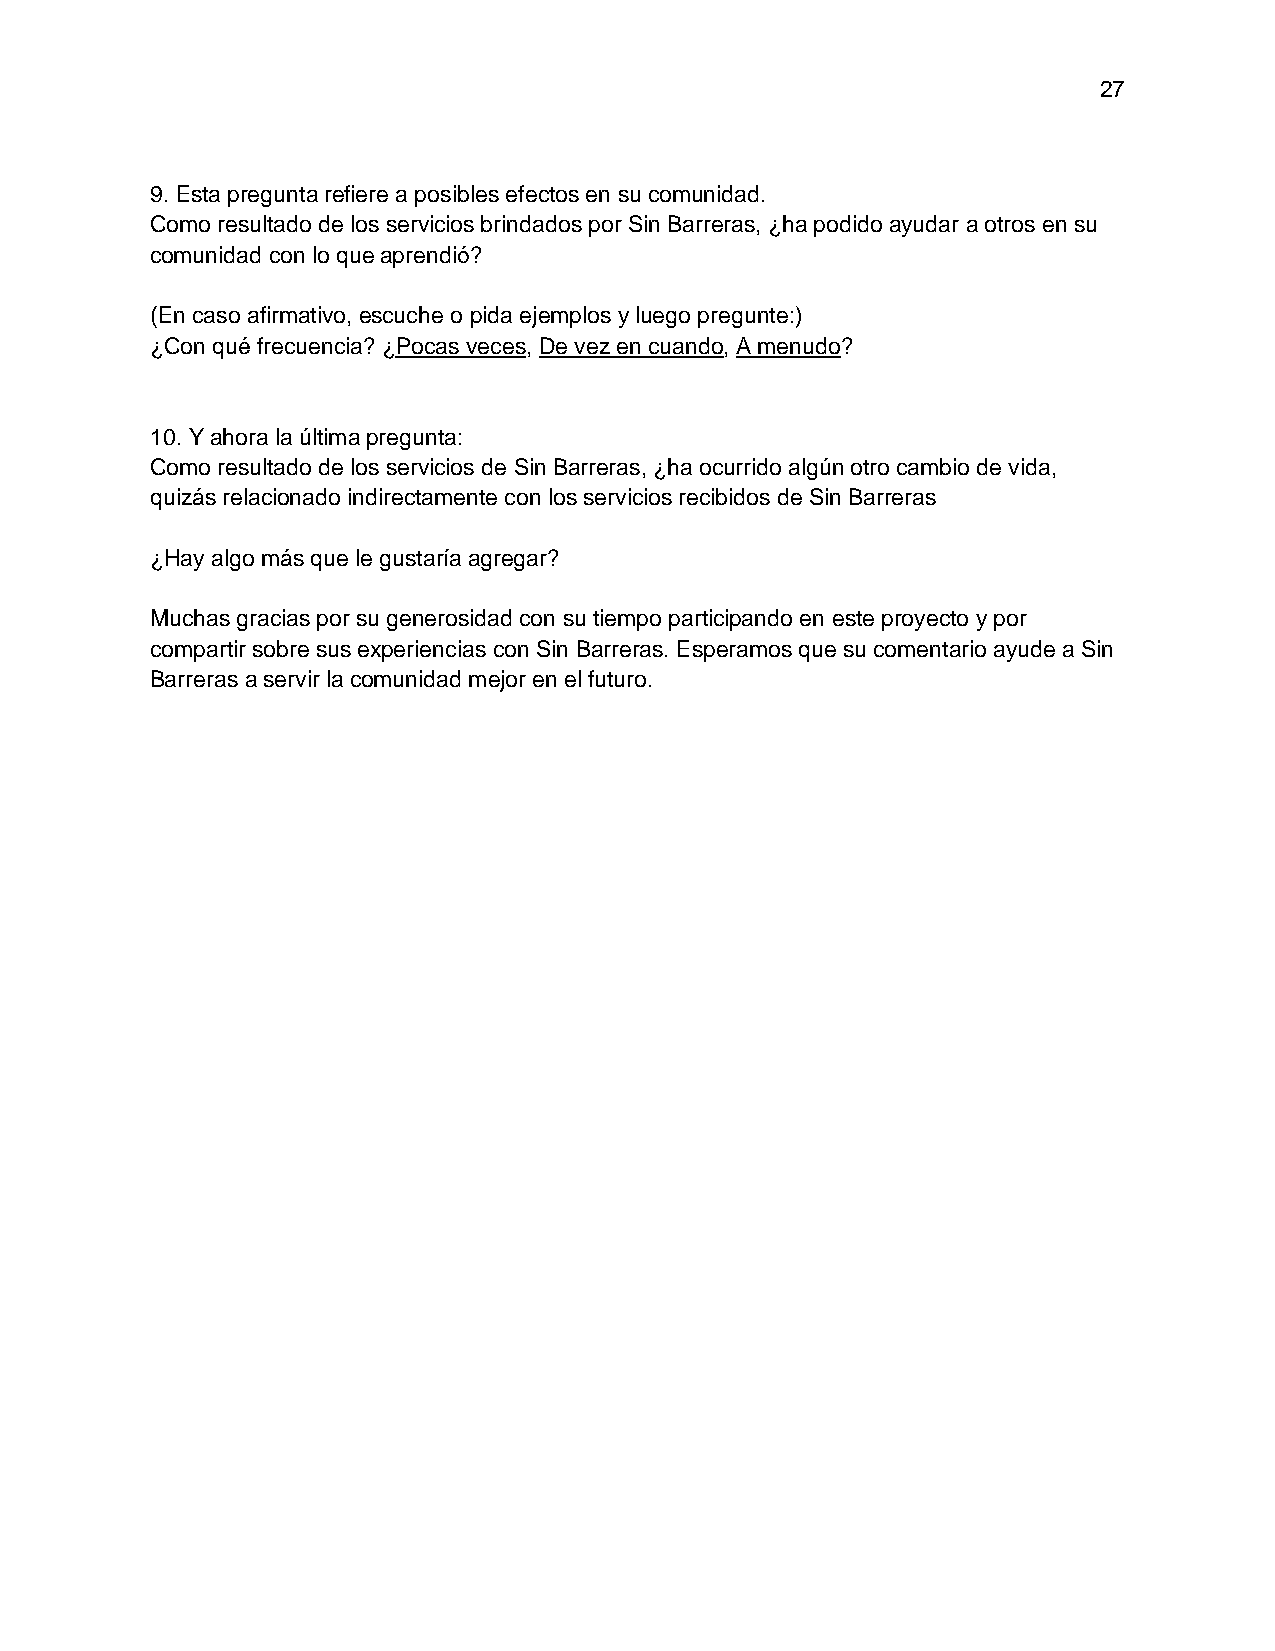
27
 9. Esta pregunta refiere a posibles efectos en su comunidad.
 Como resultado de los servicios brindados por Sin Barreras, ¿ha podido ayudar a otros en su
 comunidad con lo que aprendió?
 (En caso afirmativo, escuche o pida ejemplos y luego pregunte:)
 ¿Con qué frecuencia? ¿Pocas veces, De vez en cuando, A menudo?
 10. Y ahora la última pregunta:
 Como resultado de los servicios de Sin Barreras, ¿ha ocurrido algún otro cambio de vida,
 quizás relacionado indirectamente con los servicios recibidos de Sin Barreras
 ¿Hay algo más que le gustaría agregar?
 Muchas gracias por su generosidad con su tiempo participando en este proyecto y por
 compartir sobre sus experiencias con Sin Barreras. Esperamos que su comentario ayude a Sin
 Barreras a servir la comunidad mejor en el futuro.